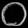
Digit: ၀